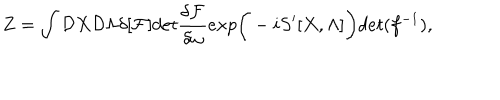
LaTeX: Z = \int { \cal D } X { \cal D } \Lambda \delta [ { \cal F } ] d e t { \frac { \delta { \cal F } } { \delta \omega } } e x p \bigg ( - i S ^ { \prime } [ X , \Lambda ] \bigg ) d e t ( f ^ { - 1 } ) ,